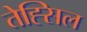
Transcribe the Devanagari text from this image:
तेह्सिल